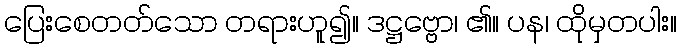
ပြေးစေတတ်သော တရားဟူ၍။ ဒဋ္ဌဗ္ဗော၊ ၏။ ပန၊ ထိုမှတပါး။